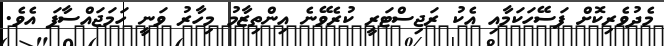
މެދުވެރިކޮށް ފަސޭހަކަމާއި އެކު ރަޖިސްޓަރީ ކުރެވޭނެ އިންތިޒާމު މިހާރު ވަނީ ހަމަޖައްސާފަ އެވެ.